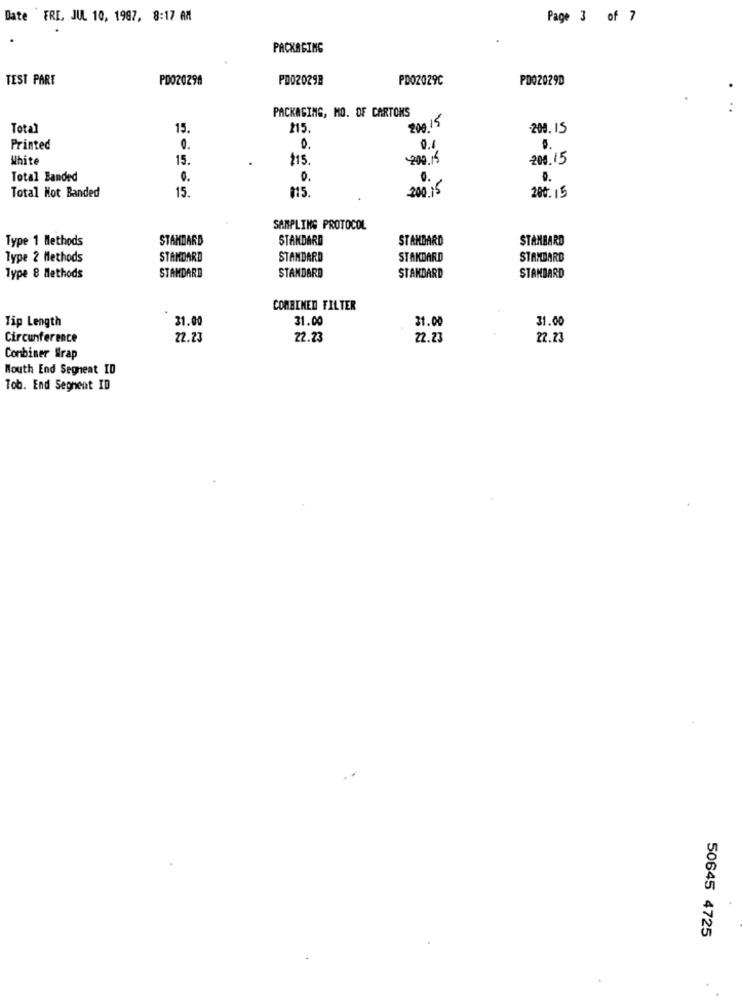
Date FRE, JUL 10, 1997, 8:17 AM
Page 3 of 7
PACKAGING
TEST PART
PD020298
PD020298
PD02029C
PD02029D
PACKAGING, MO. OF CARTONS
..
800 15
Total
15.
215.
-200. 15
Printed
0.
0.
0.1
White
15.
.
115.
200.15
200.15
Total Banded
0.
..
0.
15.
200 15
Total Not Banded
115 .
200. 15
SAMPLING PROTOCOL
Type 1 Methods
STANDARD
STANDARD
STANDARD
STANBARD
Type 2 Methods
STANDARD
STANDARD
STANDARD
STANDARD
STANDARD
Type 8 Methods
STANDARD
STANDARD
STANDARD
COMBINED FILTER
31.00
31.00
31.00
31.00
Tip Length
Circunference
22.23
22.23
22.23
22.23
Combiner Wrap
Mouth End Segneat ID
Tob. End Segment ID
50645 4725